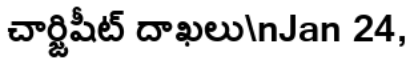
చార్జిషీట్ దాఖలు\nJan 24,